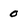
Character: 0